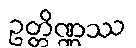
ဥတ္တိဏ္ဏဿ